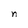
Character: n